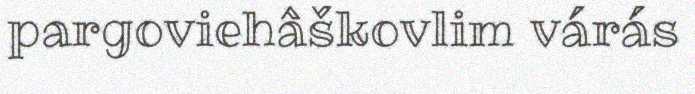
pargoviehâškovlim várás